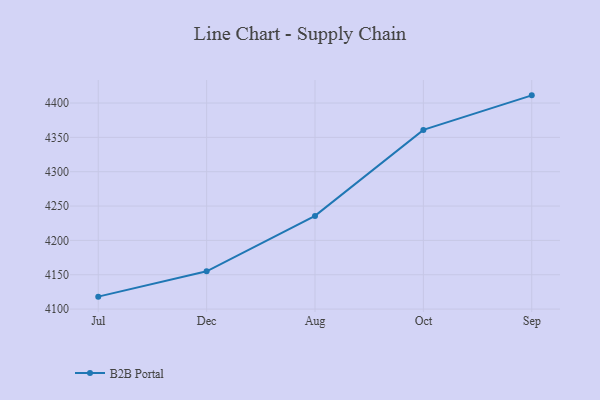
{"axis": {"x": "Month", "y": "Temperature (°C)"}, "legend": ["B2B Portal"], "data": [{"x": "Jul", "y": 4118.1, "type": "B2B Portal"}, {"x": "Dec", "y": 4155.0, "type": "B2B Portal"}, {"x": "Aug", "y": 4235.7, "type": "B2B Portal"}, {"x": "Oct", "y": 4360.9, "type": "B2B Portal"}, {"x": "Sep", "y": 4411.2, "type": "B2B Portal"}]}